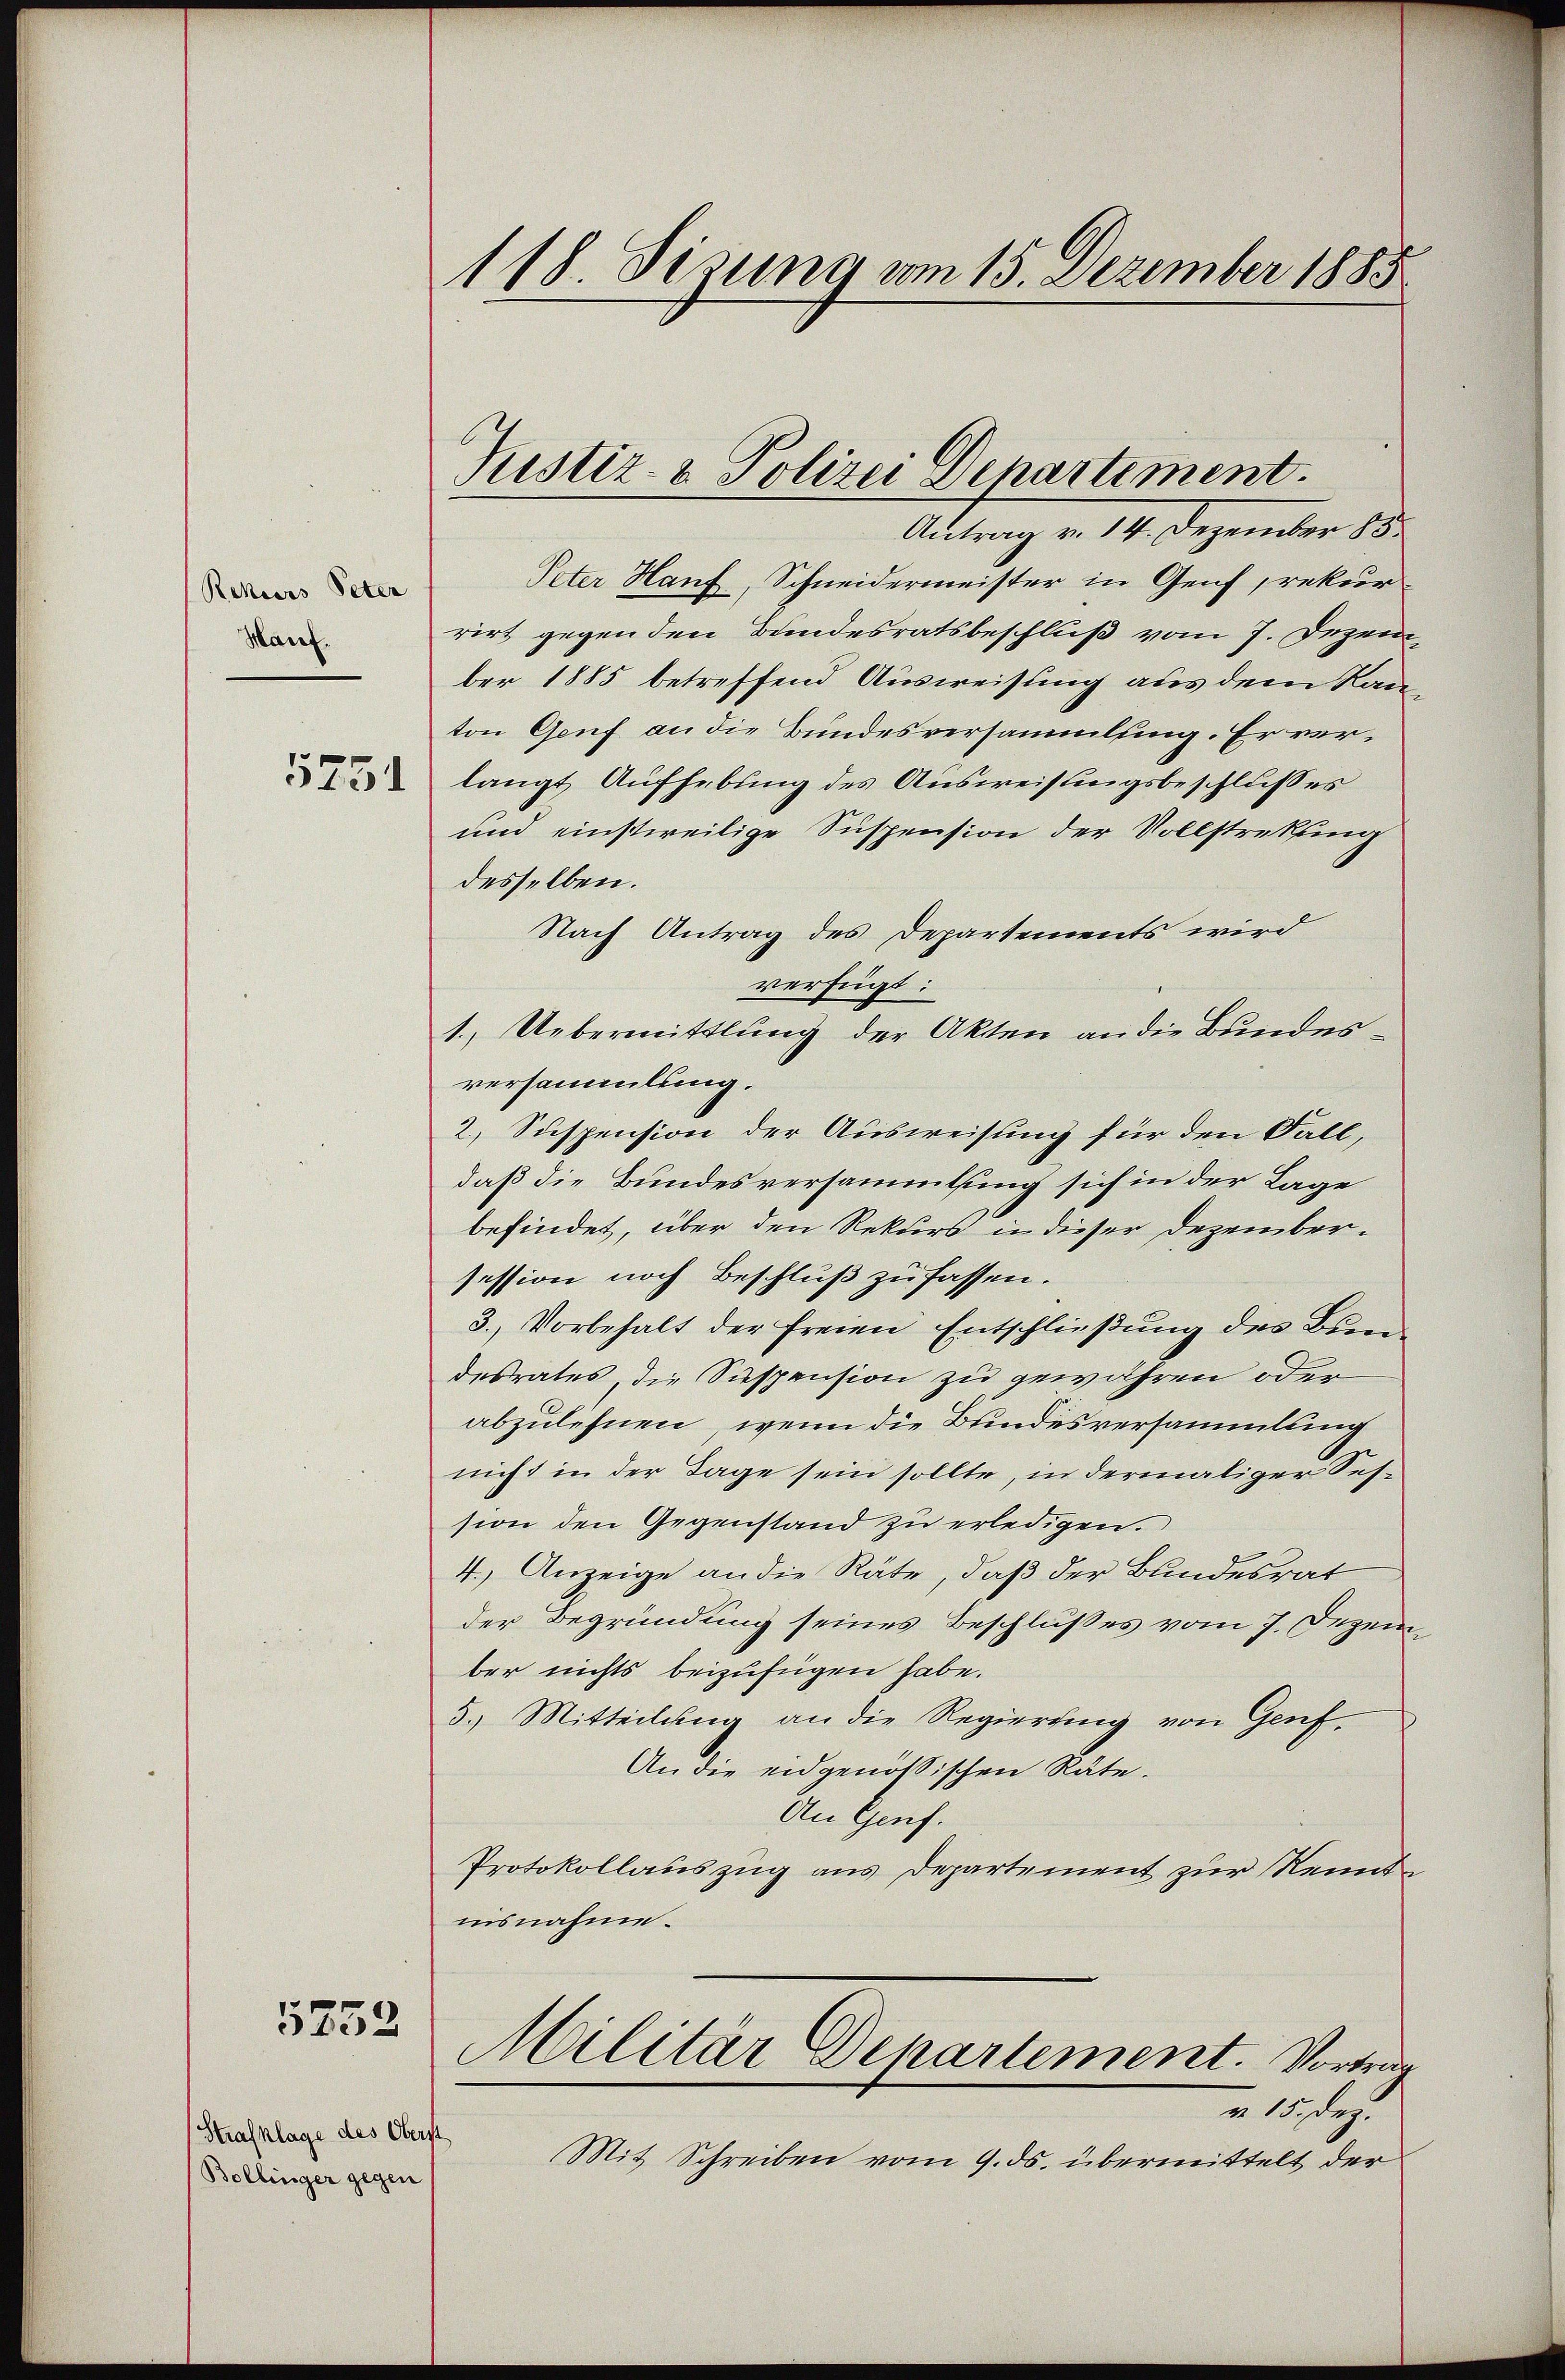
Rekurs Peter
Hau.
5751

5752

Strafklage des Oberst
Bollinger gegen

118. Sisung am 15. Dezember 1885

Justiz- & Polizei Departement.

Antrag v. 14. Dezember 85.
Peter Hanf, Schneidermeister in Genf, rekurrirt gegen den Bundesratsbeschluß vom 7. Dezem
ber 1885 betreffend Ausweisung aus dem Kan-
ton Genf an die Bundesversammlung. Er verlangt Aufhebung des Ausweisungsbeschlusses
und einstweilige Suspension der Vollstrekung
desselben.
Nach Antrag des Departements wird
verfügt:
1. Uebermittlung der Akten an die Bundesversammlung.
2., Suspension der Ausweisung für den Fall,
daß die Bundesversammlung sich in der Lage
befindet, über den Rekurs in dieser Dezembersession noch Beschluß zu fassen.
3. Vorbehalt der freien Entschließung des Biendesrates die Suspension zu gewähren oder
abzulehnen, wenn die Bundesversammlung
nicht in der Tage sein sollte, in dermaliger Session den Gegenstand zu erledigen.
4.) Anzeige an die Räte, daß der Bundesrat
der Begründung seines Beschlußes vom 7. Dezember nichts beizufügen habe.
5.) Mitteilung an die Regierung von Genf,
An die eidgenössischen Räte¬
An Genf.
Protokollauszug aus Departement zur Kenntinsnahme.
Militär Departement. Vortrag
r 15. Dez.
Mit Schreiben vom 9. ds. übermittelt der